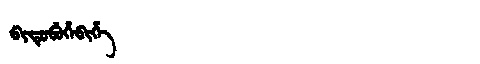
Manchu: ᠪᡳᡨᡠᠪᡠᡥᡝᠪᡳᡥᡝ
Romanization: BITUBUHEBIHE